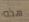
هذه